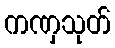
ကဏှသုတ်